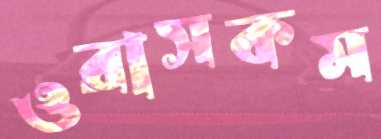
ওরাসকম